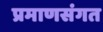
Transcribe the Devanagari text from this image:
प्रमाणसंगत